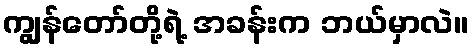
ကျွန်တော်တို့ရဲ့ အခန်းက ဘယ်မှာလဲ။